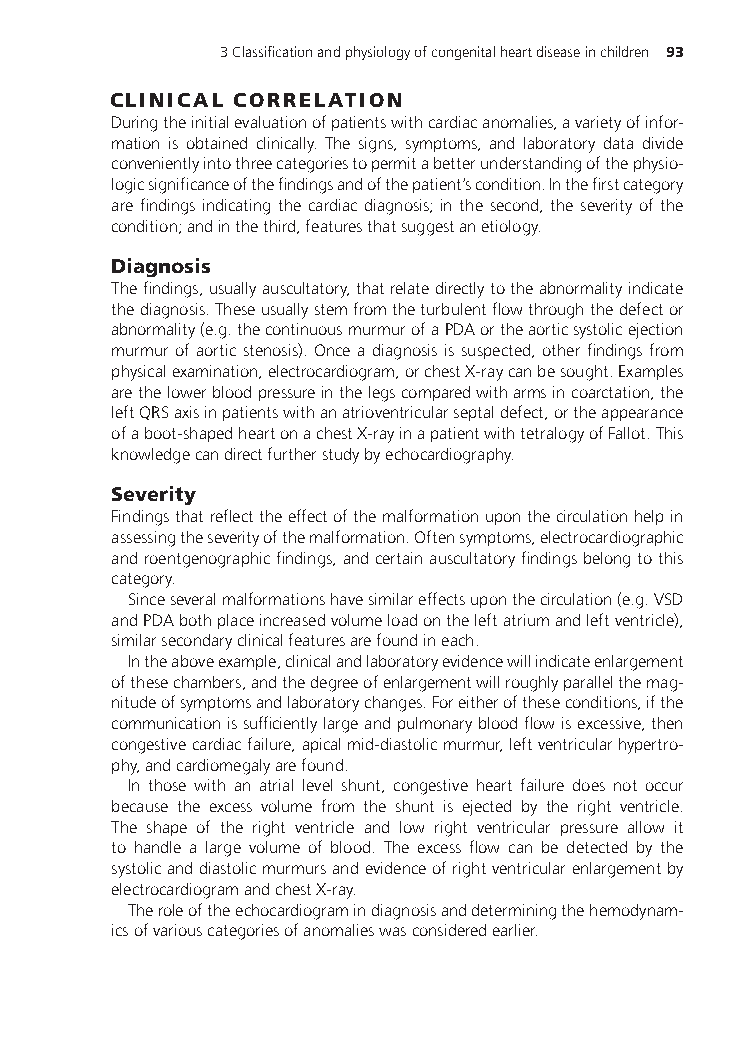
3Classificationandphysiologyofcongenitalheartdiseaseinchildren 93
 CLINICAL CORRELATION
 Duringtheinitialevaluationofpatientswithcardiacanomalies,avarietyofinfor-
 mation is obtained clinically. The signs, symptoms, and laboratory data divide
 convenientlyintothreecategoriestopermitabetterunderstandingofthephysio-
 logicsignificanceofthefindingsandofthepatient’scondition.Inthefirstcategory
 are findings indicating the cardiac diagnosis; in the second, the severity of the
 condition;andinthethird,featuresthatsuggestanetiology.
 Diagnosis
 Thefindings,usuallyauscultatory,thatrelatedirectlytotheabnormalityindicate
 thediagnosis.Theseusuallystemfromtheturbulentflowthroughthedefector
 abnormality(e.g.thecontinuousmurmurofaPDAortheaorticsystolicejection
 murmur of aortic stenosis). Once a diagnosis is suspected, other findings from
 physicalexamination,electrocardiogram,orchestX-raycanbesought.Examples
 arethelowerbloodpressureinthelegscomparedwitharmsincoarctation,the
 leftQRSaxisinpatientswithanatrioventricularseptaldefect,ortheappearance
 ofaboot-shapedheartonachestX-rayinapatientwithtetralogyofFallot.This
 knowledgecandirectfurtherstudybyechocardiography.
 Severity
 Findingsthatreflecttheeffectofthemalformationuponthecirculationhelpin
 assessingtheseverityofthemalformation.Oftensymptoms,electrocardiographic
 androentgenographicfindings,andcertainauscultatoryfindingsbelongtothis
 category.
 Sinceseveralmalformationshavesimilareffectsuponthecirculation(e.g.VSD
 andPDAbothplaceincreasedvolumeloadontheleftatriumandleftventricle),
 similarsecondaryclinicalfeaturesarefoundineach.
 Intheaboveexample,clinicalandlaboratoryevidencewillindicateenlargement
 ofthesechambers,andthedegreeofenlargementwillroughlyparallelthemag-
 nitudeofsymptomsandlaboratorychanges.Foreitheroftheseconditions,ifthe
 communicationissufficientlylargeandpulmonarybloodflowisexcessive,then
 congestivecardiacfailure,apicalmid-diastolicmurmur,leftventricularhypertro-
 phy,andcardiomegalyarefound.
 In those with an atrial level shunt, congestive heart failure does not occur
 because the excess volume from the shunt is ejected by the right ventricle.
 The shape of the right ventricle and low right ventricular pressure allow it
 to handle a large volume of blood. The excess flow can be detected by the
 systolicanddiastolicmurmursandevidenceofrightventricularenlargementby
 electrocardiogramandchestX-ray.
 Theroleoftheechocardiogramindiagnosisanddeterminingthehemodynam-
 icsofvariouscategoriesofanomalieswasconsideredearlier.